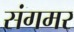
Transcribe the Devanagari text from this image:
संगमर